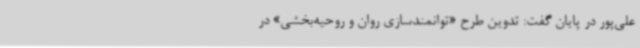
علی‌پور در پایان گفت: تدوین طرح «توانمندسازی روان و روحیه‌بخشی» در